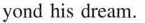
yond his dream.